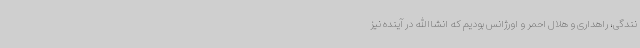
نندگی، راهداری و هلال احمر و اورژانس بودیم که انشاالله در آینده نیز